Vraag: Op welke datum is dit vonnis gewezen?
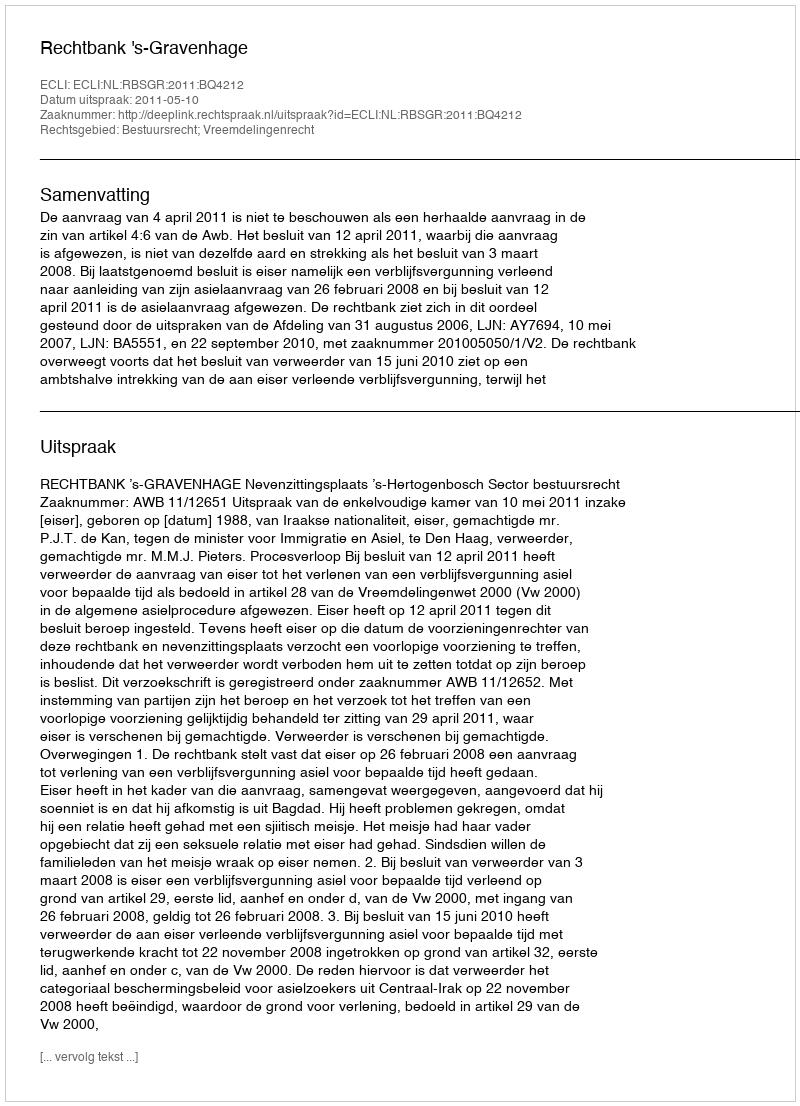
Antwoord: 2011-05-10